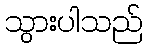
သွားပါသည်